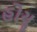
હોયૢ